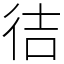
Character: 㣟